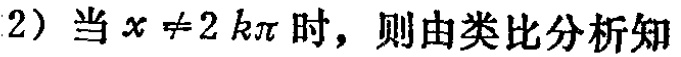
(2) 当 \(x\neq 2k\pi\) 时，则由类比分析知